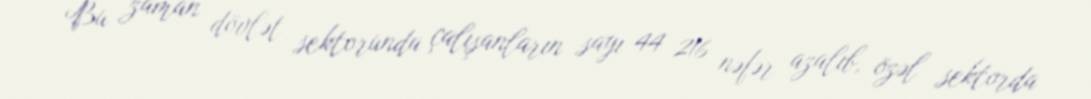
Bu zaman dövlət sektorunda çalışanların sayı 44 216 nəfər azalıb, özəl sektorda